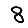
Digit: 8